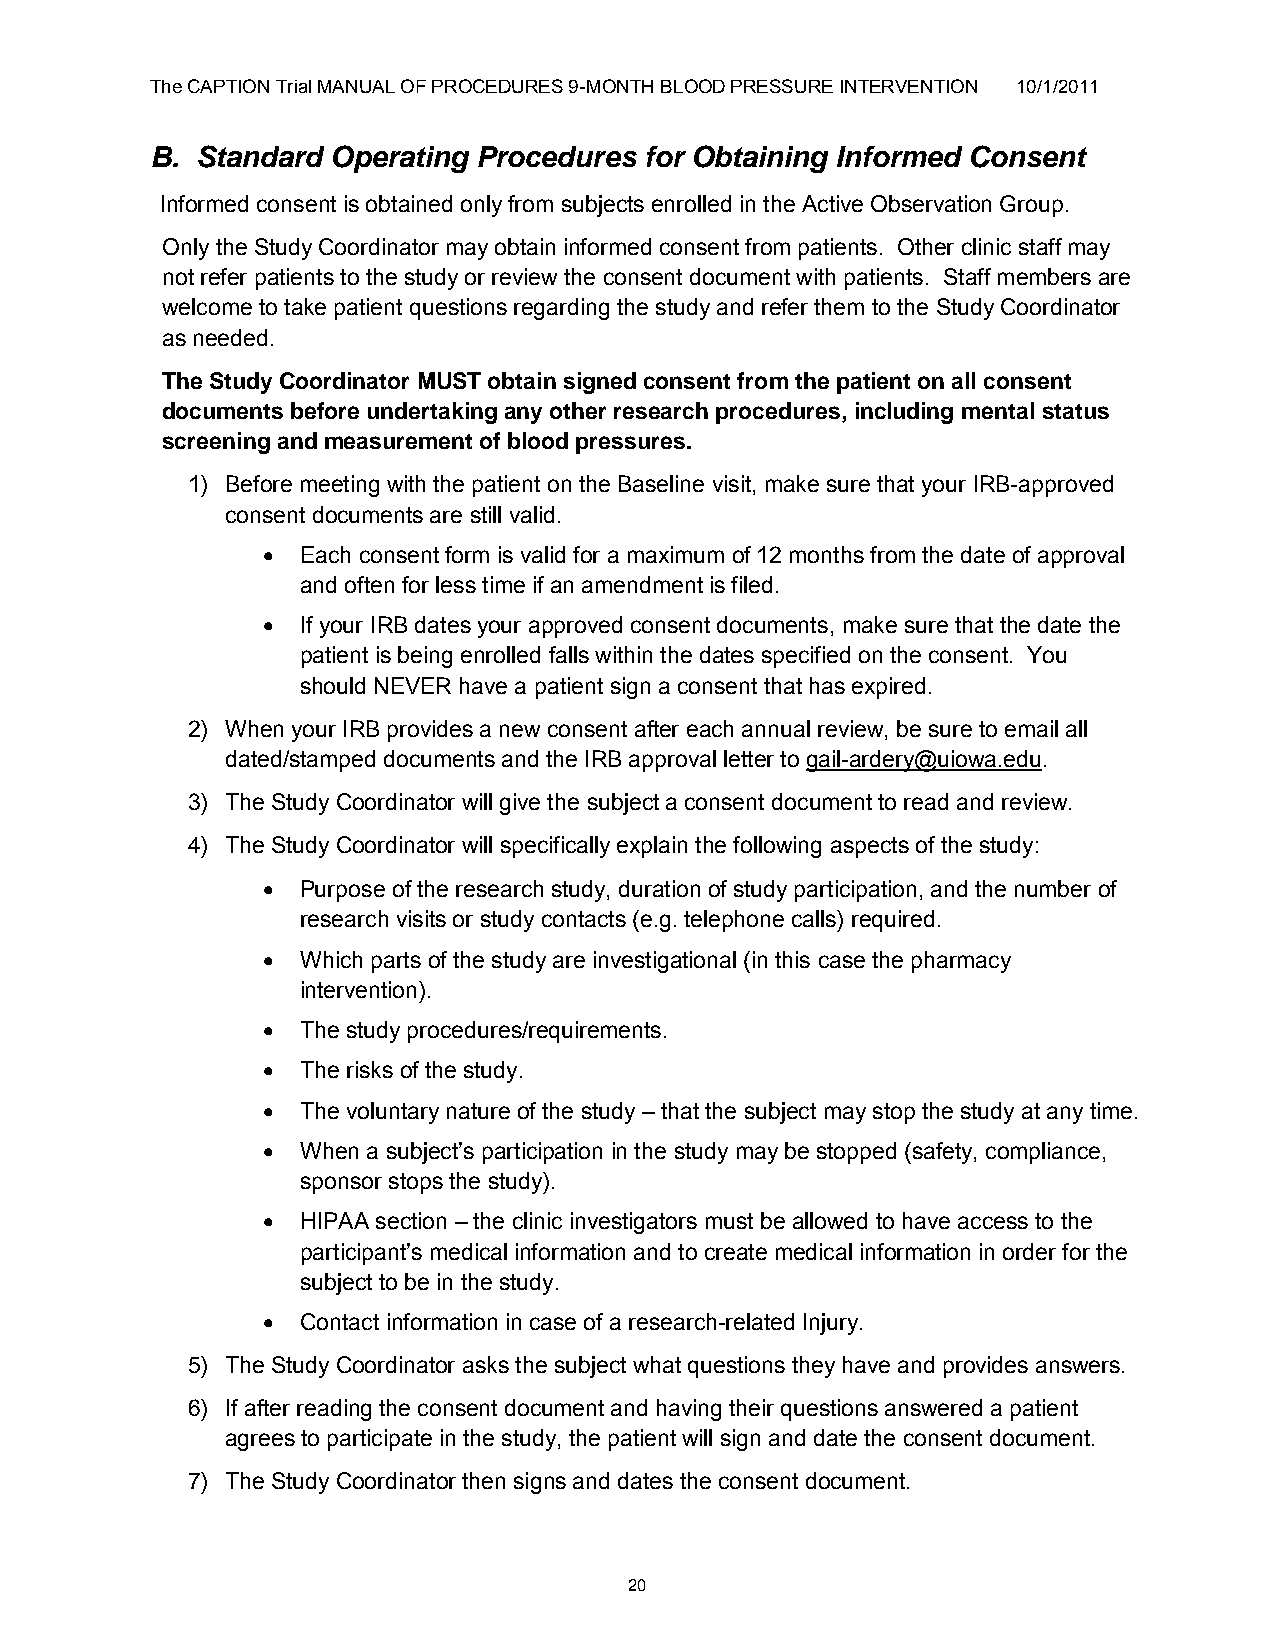
The CAPTION Trial MANUAL OF PROCEDURES 9-MONTH BLOOD PRESSURE INTERVENTION 10/1/2011
 B. Standard Operating Procedures for Obtaining Informed Consent
 Informed consent is obtained only from subjects enrolled in the Active Observation Group.
 Only the Study Coordinator may obtain informed consent from patients. Other clinic staff may
 not refer patients to the study or review the consent document with patients. Staff members are
 welcome to take patient questions regarding the study and refer them to the Study Coordinator
 as needed.
 The Study Coordinator MUST obtain signed consent from the patient on all consent
 documents before undertaking any other research procedures, including mental status
 screening and measurement of blood pressures.
 1) Before meeting with the patient on the Baseline visit, make sure that your IRB-approved
 consent documents are still valid.
   Each consent form is valid for a maximum of 12 months from the date of approval
 and often for less time if an amendment is filed.
   If your IRB dates your approved consent documents, make sure that the date the
 patient is being enrolled falls within the dates specified on the consent. You
 should NEVER have a patient sign a consent that has expired.
 2) When your IRB provides a new consent after each annual review, be sure to email all
 dated/stamped documents and the IRB approval letter to gail-ardery@uiowa.edu.
 3) The Study Coordinator will give the subject a consent document to read and review.
 4) The Study Coordinator will specifically explain the following aspects of the study:
   Purpose of the research study, duration of study participation, and the number of
 research visits or study contacts (e.g. telephone calls) required.
   Which parts of the study are investigational (in this case the pharmacy
 intervention).
   The study procedures/requirements.
   The risks of the study.
   The voluntary nature of the study – that the subject may stop the study at any time.
   When a subject‟s participation in the study may be stopped (safety, compliance,
 sponsor stops the study).
   HIPAA section – the clinic investigators must be allowed to have access to the
 participant‟s medical information and to create medical information in order for the
 subject to be in the study.
   Contact information in case of a research-related Injury.
 5) The Study Coordinator asks the subject what questions they have and provides answers.
 6) If after reading the consent document and having their questions answered a patient
 agrees to participate in the study, the patient will sign and date the consent document.
 7) The Study Coordinator then signs and dates the consent document.
 20